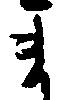
ま